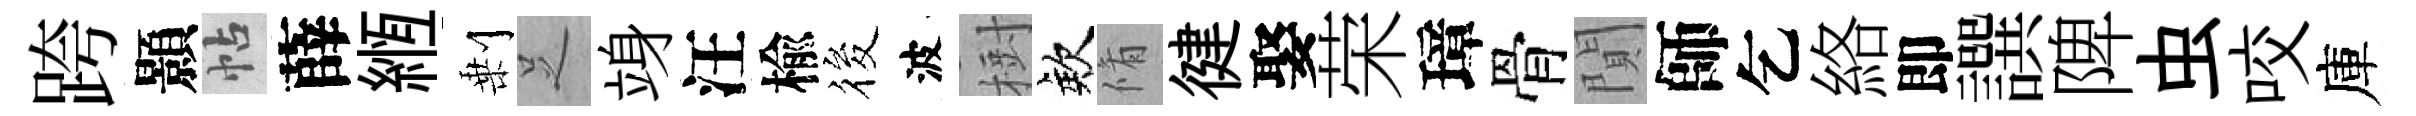
跨顥帖薛縆剰𠯁竧汪楡筱波𣗳欸脩徤娶荣璋骨閴師乞絡即譔陴虫咬庫